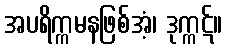
အပရိက္ကမနဖြစ်အံ့၊ ဒုက္ကဋ်။